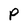
Character: P